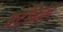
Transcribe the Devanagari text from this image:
वर्टीकल